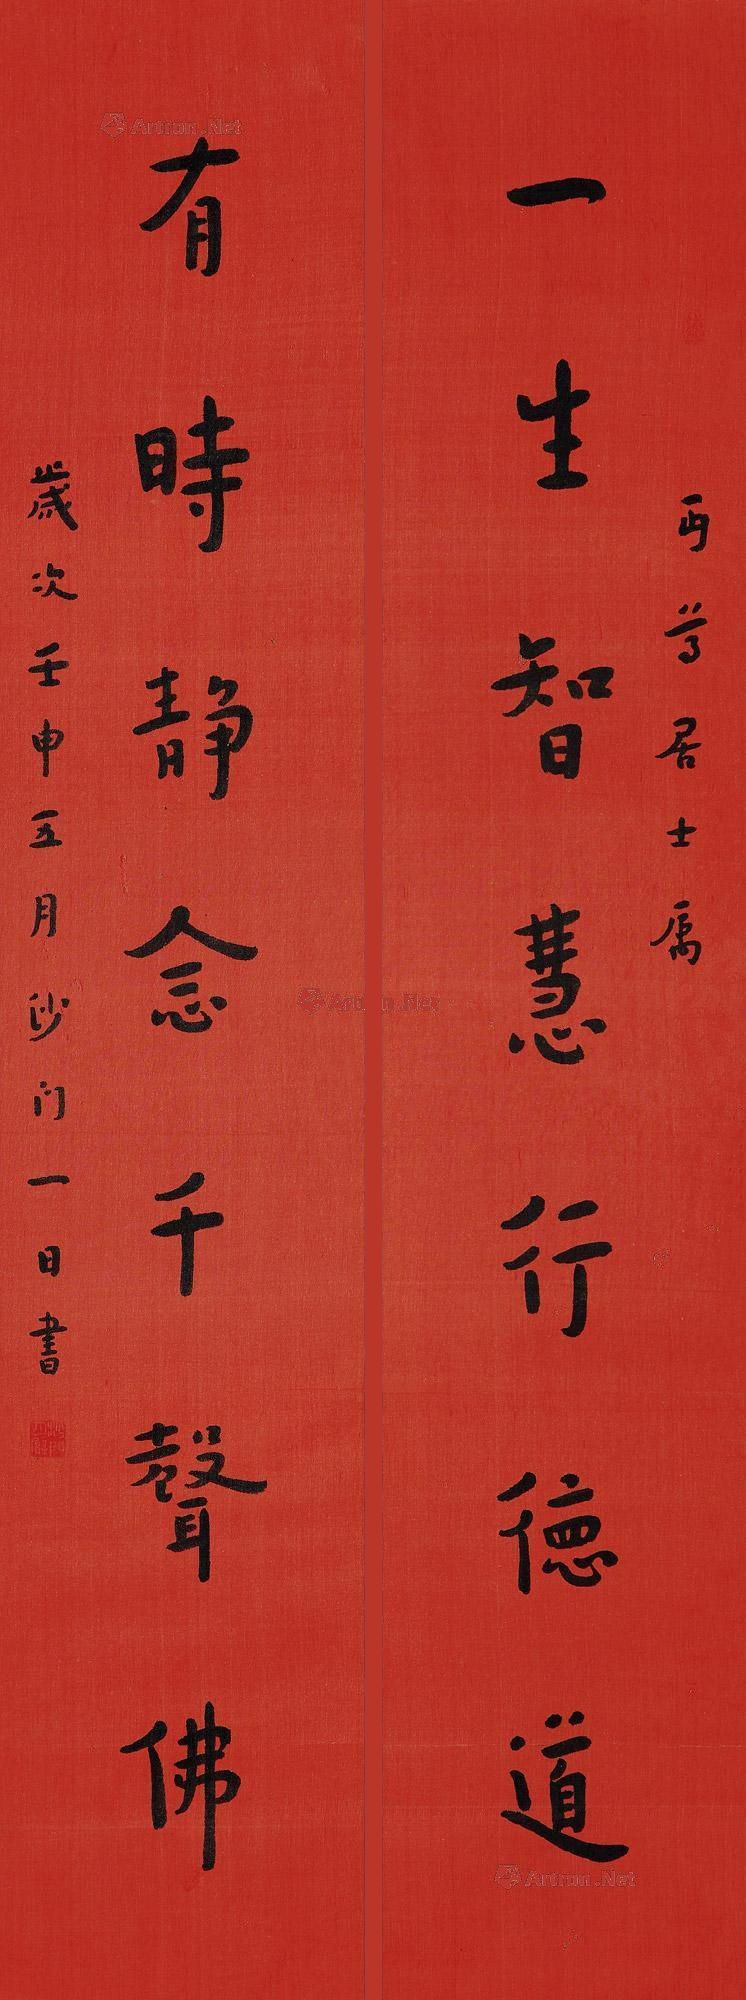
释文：一生智慧行德道，有时静念千声佛。丏尊居士属，岁次壬申（1932年）五月沙门一日书。